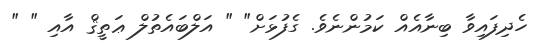
ހެދިފައިވާ ބިނާއެއް ކަމުންނެވެ. ގެފުޅަށް" " އަލްބައެތުލް ޢަތީޤް އާއި " "